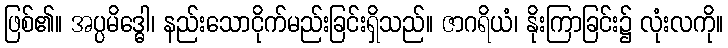
ဖြစ်၏။ အပ္ပမိဒ္ဓေါ၊ နည်းသောငိုက်မည်းခြင်းရှိသည်။ ဇာဂရိယံ၊ နိုးကြာခြင်း၌ လုံးလကို။